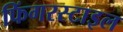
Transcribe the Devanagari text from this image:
फिंगरस्टाइल